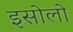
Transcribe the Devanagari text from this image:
इसोलो